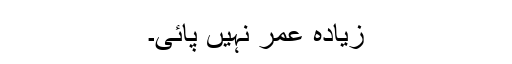
زیادہ عمر نہیں پائی۔